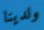
ولدينا